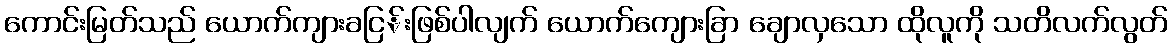
ကောင်းမြတ်သည် ယောက်ကျားခငြ်းဖြစ်ပါလျက် ယောက်ကျေားခြာ ချောလှသော ထိုလူကို သတိလက်လွတ်